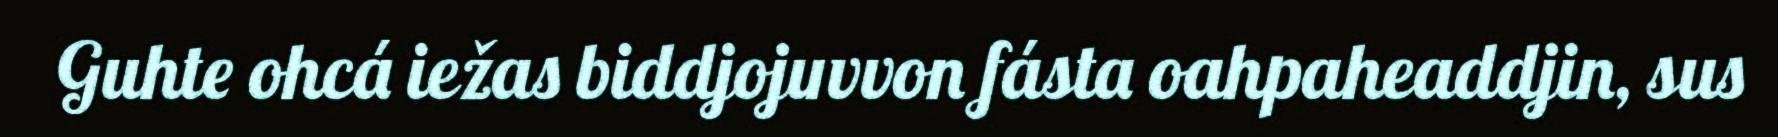
Guhte ohcá iežas biddjojuvvon fásta oahpaheaddjin, sus